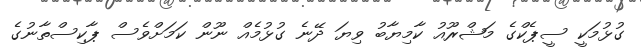
ގުޅުމަކީ ސީޕެކްގެ މަޝްރޫއު ކާމިޔާބު ވިޔަ ދޭނެ ގުޅުމެއް ނޫން ކަމަށްވެސް ޕާކިސްތާނުގެ